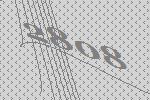
2808